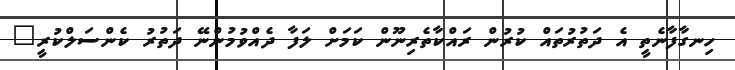
ހިނގާފާނެތީ އެ ދަތުރުތައް ކުރުން ރައްކާތެރިނޫން ކަމަށް ލަފާ ދެއްވުމުންނޭ ދަތުރު ކެންސަލްކުރީ"